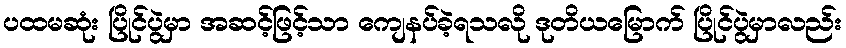
ပထမဆုံး ပြိုင်ပွဲမှာ အဆင့်ဖြင့်သာ ကျေနပ်ခဲ့ရသလို ဒုတိယမြောက် ပြိုင်ပွဲမှာလည်း